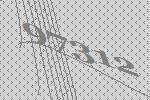
97312